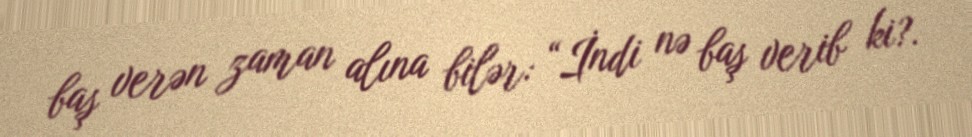
baş verən zaman alına bilər: “İndi nə baş verib ki?.